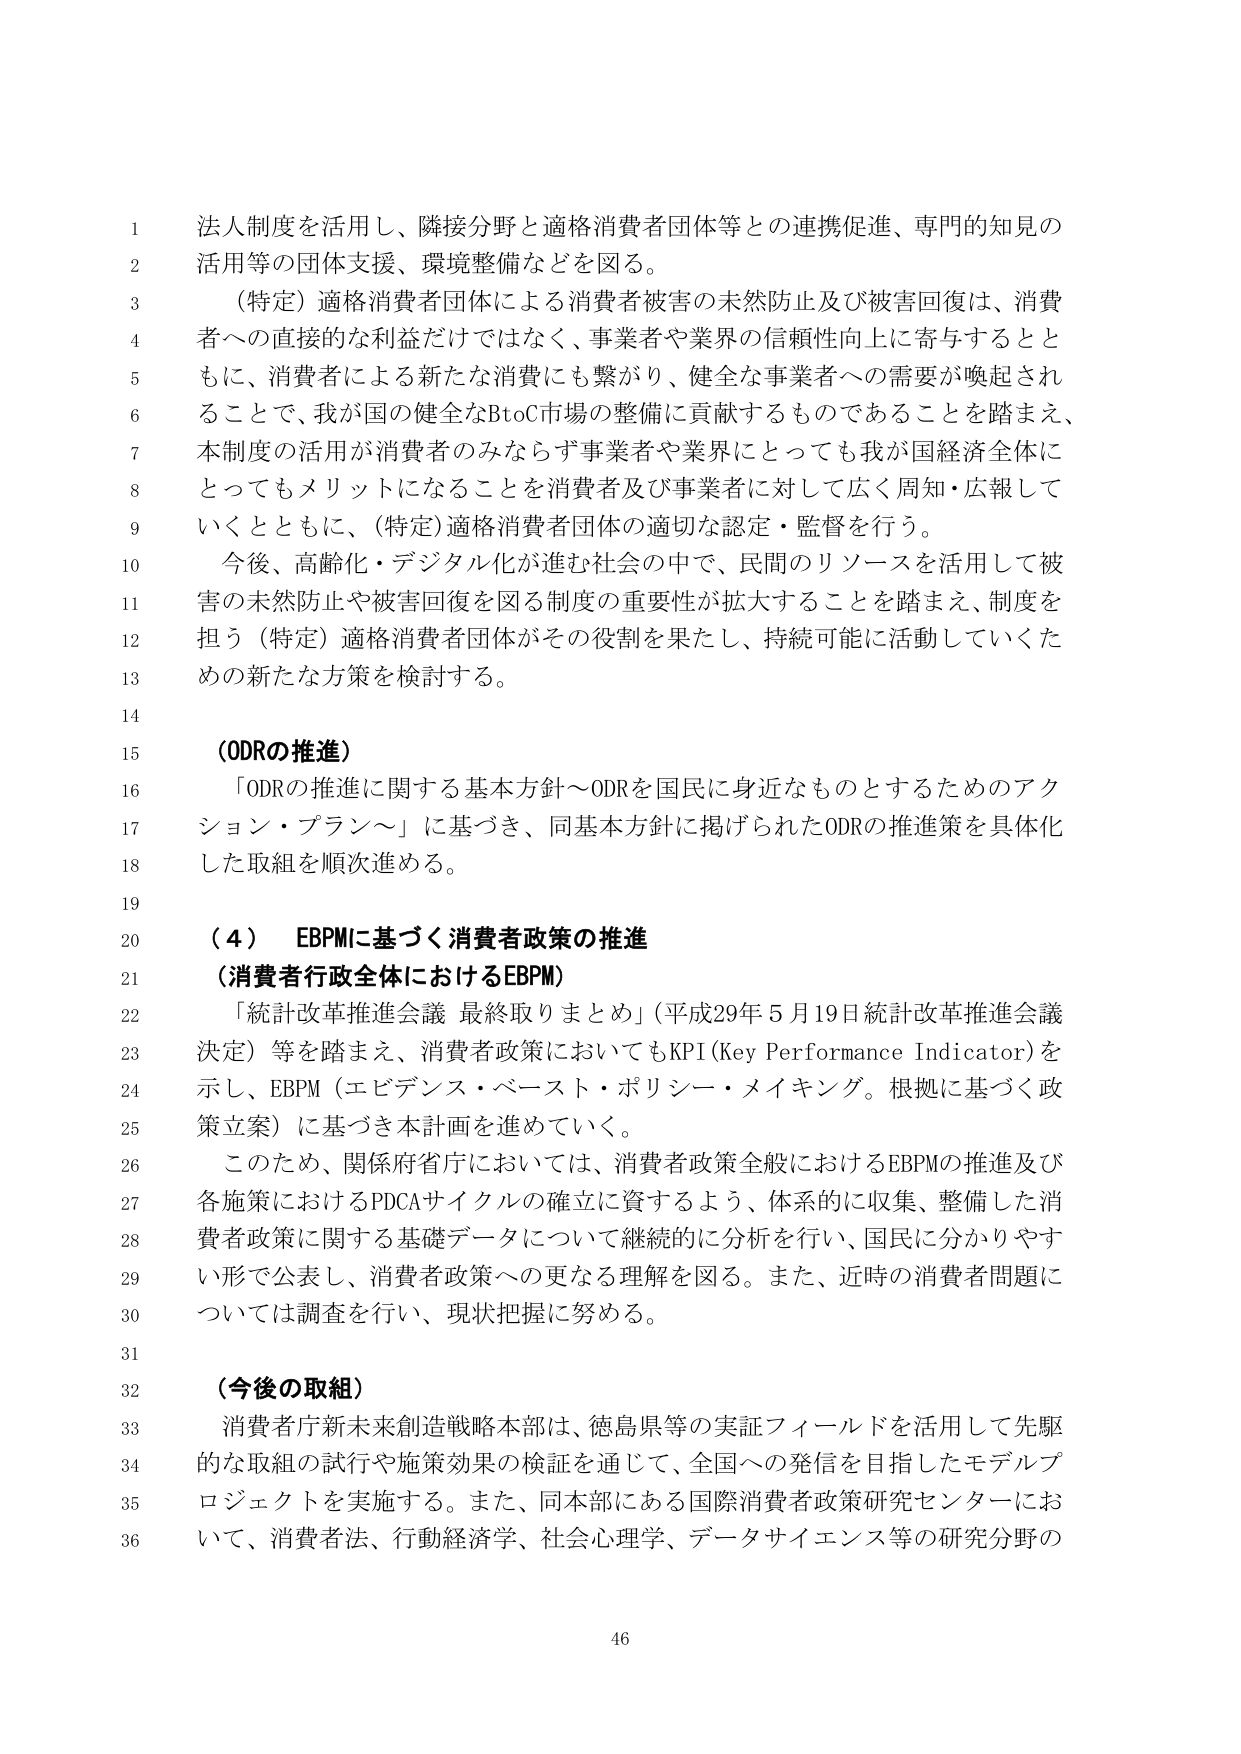
法人制度を活用し、隣接分野と適格消費者団体等との連携促進、専門的知見の
活用等の団体支援、環境整備などを図る。
（特定）適格消費者団体による消費者被害の未然防止及び被害回復は、消費者
への直接的な利益だけではなく、事業者や業界の信頼性向上に寄与するとと
もに、消費者による新たな消費にも繋がり、健全な事業者への需要が喚起され
ることで、我が国の健全なBtoC市場の整備に貢献するものであることを踏まえ、
本制度の活用が消費者のみならず事業者や業界にとっても我が国経済全体に
とってもメリットになることを消費者及び事業者に対して広く周知・広報して
いくとともに、（特定）適格消費者団体の適切な認定・監督を行う。
今後、高齢化・デジタル化が進む社会の中で、民間のリソースを活用して被害
の未然防止や被害回復を図る制度の重要性が拡大することを踏まえ、制度を
担う（特定）適格消費者団体がその役割を果たし、持続可能に活動していくた
めの新たな方策を検討する。

（ODRの推進）
「ODRの推進に関する基本方針～ODRを国民に身近なものとするためのアク
ション・プラン～」に基づき、同基本方針に掲げられたODRの推進策を具体化
した取組を順次進める。

（４） EBPMに基づく消費者政策の推進
（消費者行政全体におけるEBPM）
「統計改革推進会議 最終取りまとめ」（平成29年5月19日統計改革推進会議
決定）等を踏まえ、消費者政策においてもKPI（Key Performance Indicator）を
示し、EBPM（エビデンス・ベースト・ポリシー・メイキング。根拠に基づく政策立案）に基づき本計画を進めていく。
このため、関係府省庁においては、消費者政策全般におけるEBPMの推進及び
各施策におけるPDCAサイクルの確立に資するよう、体系的に収集、整備した消
費者政策に関する基礎データについて継続的に分析を行い、国民に分かりやす
い形で公表し、消費者政策への更なる理解を図る。また、近時の消費者問題に
ついては調査を行い、現状把握に努める。

（今後の取組）
消費者庁新未来創造戦略本部は、徳島県等の実証フィールドを活用して先駆
的な取組の試行や施策効果の検証を通じて、全国への発信を目指したモデルプ
ロジェクトを実施する。また、同本部にある国際消費者政策研究センターにお
いて、消費者法、行動経済学、社会心理学、データサイエンス等の研究分野の

46